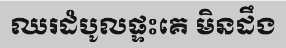
ឈរដំបូលផ្ទះគេ មិនដឹង